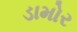
ડામોર